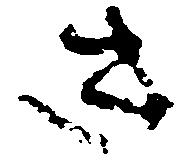
き